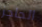
الحاجز